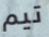
تيم